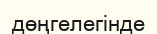
дөңгелегінде